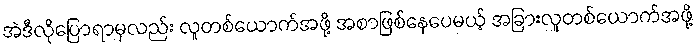
အဲဒီလိုပြောရာမှလည်း လူတစ်ယောက်အဖို့ အစာဖြစ်နေပေမယ့် အခြားလူတစ်ယောက်အဖို့